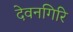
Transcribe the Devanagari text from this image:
देवनगिरि